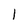
Character: l